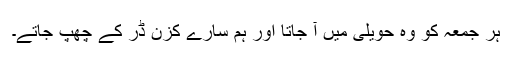
ہر جمعہ کو وہ حویلی میں آ جاتا اور ہم سارے کزن ڈر کے چھپ جاتے۔